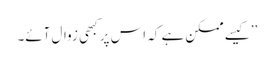
’’کیسے ممکن ہے کہ اس پر کبھی زوال آئے۔